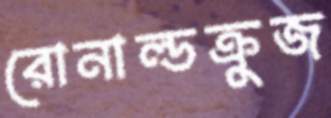
রোনাল্ডক্রুজ